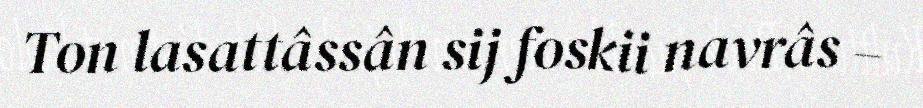
Ton lasattâssân sij foskii navrâs –